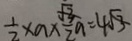
\frac { 1 } { 2 } \times a \times \frac { \sqrt { 3 } } { 2 } a = 4 \sqrt { 3 }